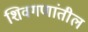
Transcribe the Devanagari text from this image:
शिवगणांतील